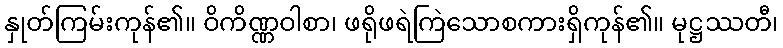
နှုတ်ကြမ်းကုန်၏။ ဝိကိဏ္ဏဝါစာ၊ ဖရိုဖရဲကြဲသောစကားရှိကုန်၏။ မုဋ္ဌဿတီ၊